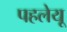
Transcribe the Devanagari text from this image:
पहलेयू